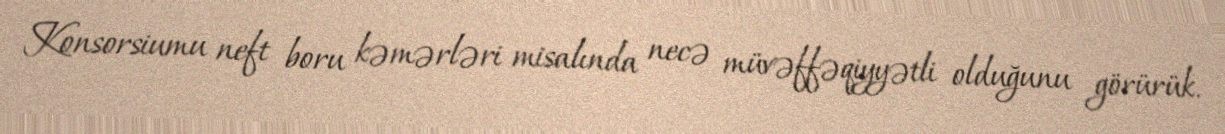
Konsorsiumu neft boru kəmərləri misalında necə müvəffəqiyyətli olduğunu görürük.